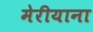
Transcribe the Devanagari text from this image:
मेरीयाना